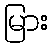
မြား